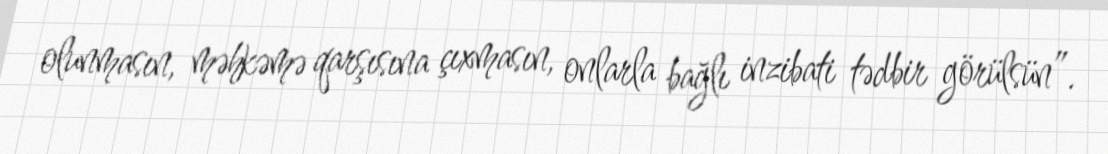
olunmasın, məhkəmə qarşısına çıxmasın, onlarla bağlı inzibati tədbir görülsün”.